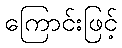
ကြောင်းဖြင့်